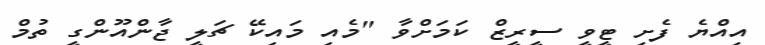
އިއްޔެ ފެށި ޓީވީ ސީރީޒް ކަމަށްވާ "މެއި މައިކޭ ޗަލީ ޖާންއޫންގީ ތުމް